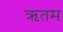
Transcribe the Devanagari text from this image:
ऋतम